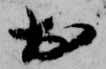
於